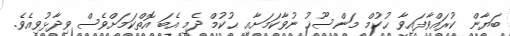
ބަޔާން ކުރައްވާފައިވާ ޙުކުމް މަންސޫޚު ނުވާކަމަށާއި ޙުކުމް ދެމި އެބަ އޮތްކަމަށްވެސް ވިދާޅުވިއެވެ.